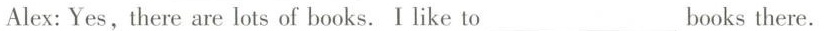
Alex: Yes,there are lots of books.I like to___books there.